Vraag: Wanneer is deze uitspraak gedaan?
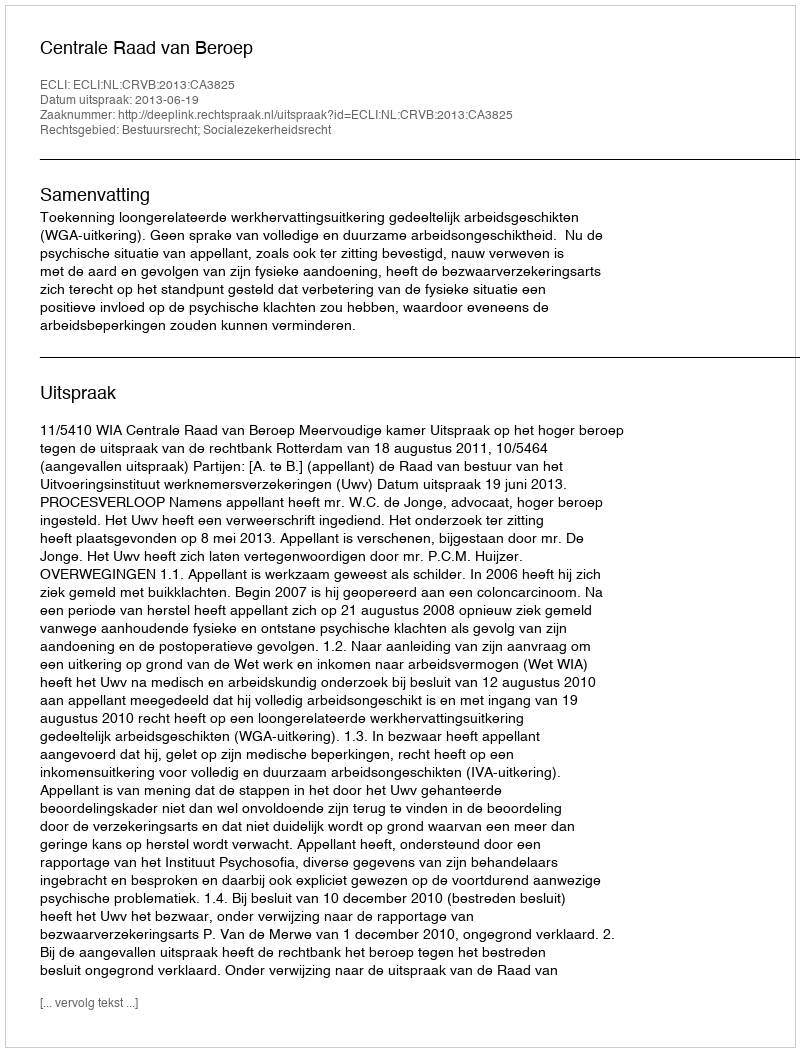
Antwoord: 2013-06-19